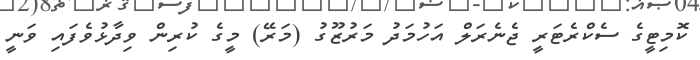
ކޮމިޓީގެ ސެކްރެޓަރީ ޖެނެރަލް އަހުމަދު މަރުޒޫގު (މަރޭ) މީގެ ކުރިން ވިދާޅުވެފައި ވަނީ